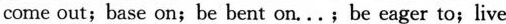
come out; base on; be bent on... ; be eager to; live